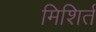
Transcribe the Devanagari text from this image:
मिशिर्त